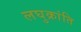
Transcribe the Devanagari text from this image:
लघुक्रांति